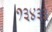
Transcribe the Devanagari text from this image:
१३४३३